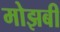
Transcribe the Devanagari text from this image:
मोझबी